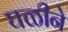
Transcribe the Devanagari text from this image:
घळीने